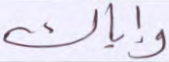
وإياك